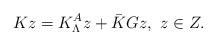
LaTeX: \begin{align*} Kz=K_\Lambda^Az+\bar{K}Gz,\ z\in Z.\end{align*}